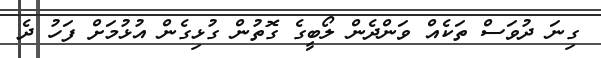
ގިނަ ދުވަސް ތަކެއް ވަންދެން ލޯބީގެ ގޮތުން ގުޅިގެން އުޅުމަށް ފަހު ދެ